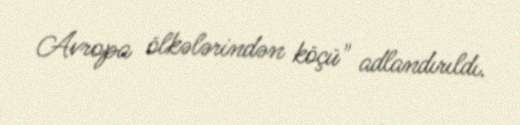
Avropa ölkələrindən köçü" adlandırıldı.